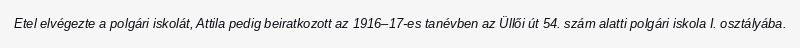
Etel elvégezte a polgári iskolát, Attila pedig beiratkozott az 1916–17-es tanévben az Üllői út 54. szám alatti polgári iskola I. osztályába.